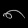
Digit: ၈